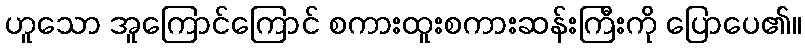
ဟူသော အူကြောင်ကြောင် စကားထူးစကားဆန်းကြီးကို ပြောပေ၏။